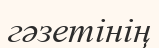
гәзетінің